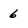
Character: 6